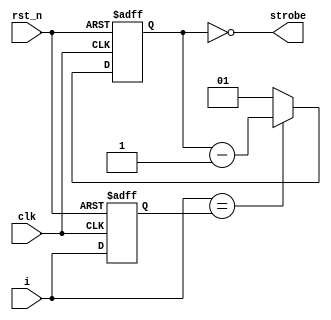
module usb_clk_recovery(
    input rst_n,
    input clk,
    input i,
    output strobe
    );
reg[1:0] cntr;
reg prev_i;
assign strobe = cntr == 1'b0;
always @(posedge clk or negedge rst_n) begin
    if (!rst_n) begin
        cntr <= 1'b0;
        prev_i <= 1'b0;
    end else begin
        if (i == prev_i) begin
            cntr <= cntr - 1'b1;
        end else begin
            cntr <= 1'b1;
        end
        prev_i <= i;
    end
end
endmodule